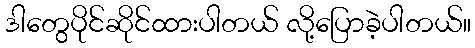
ဒါတွေပိုင်ဆိုင်ထားပါတယ် လို့ပြောခဲ့ပါတယ်။